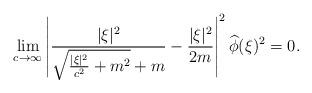
LaTeX: \begin{align*}\lim_{c \rightarrow \infty} \left| \frac{|\xi|^2}{\sqrt{\frac{|\xi|^2}{c^2} +m^2} + m} - \frac{|\xi|^2}{2m} \right|^2 \widehat{\phi} (\xi)^2 =0.\end{align*}